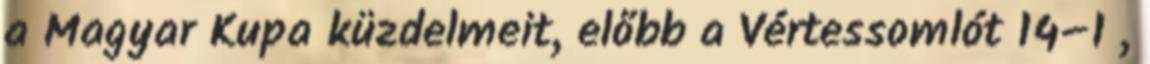
a Magyar Kupa küzdelmeit, előbb a Vértessomlót 14–1 ,